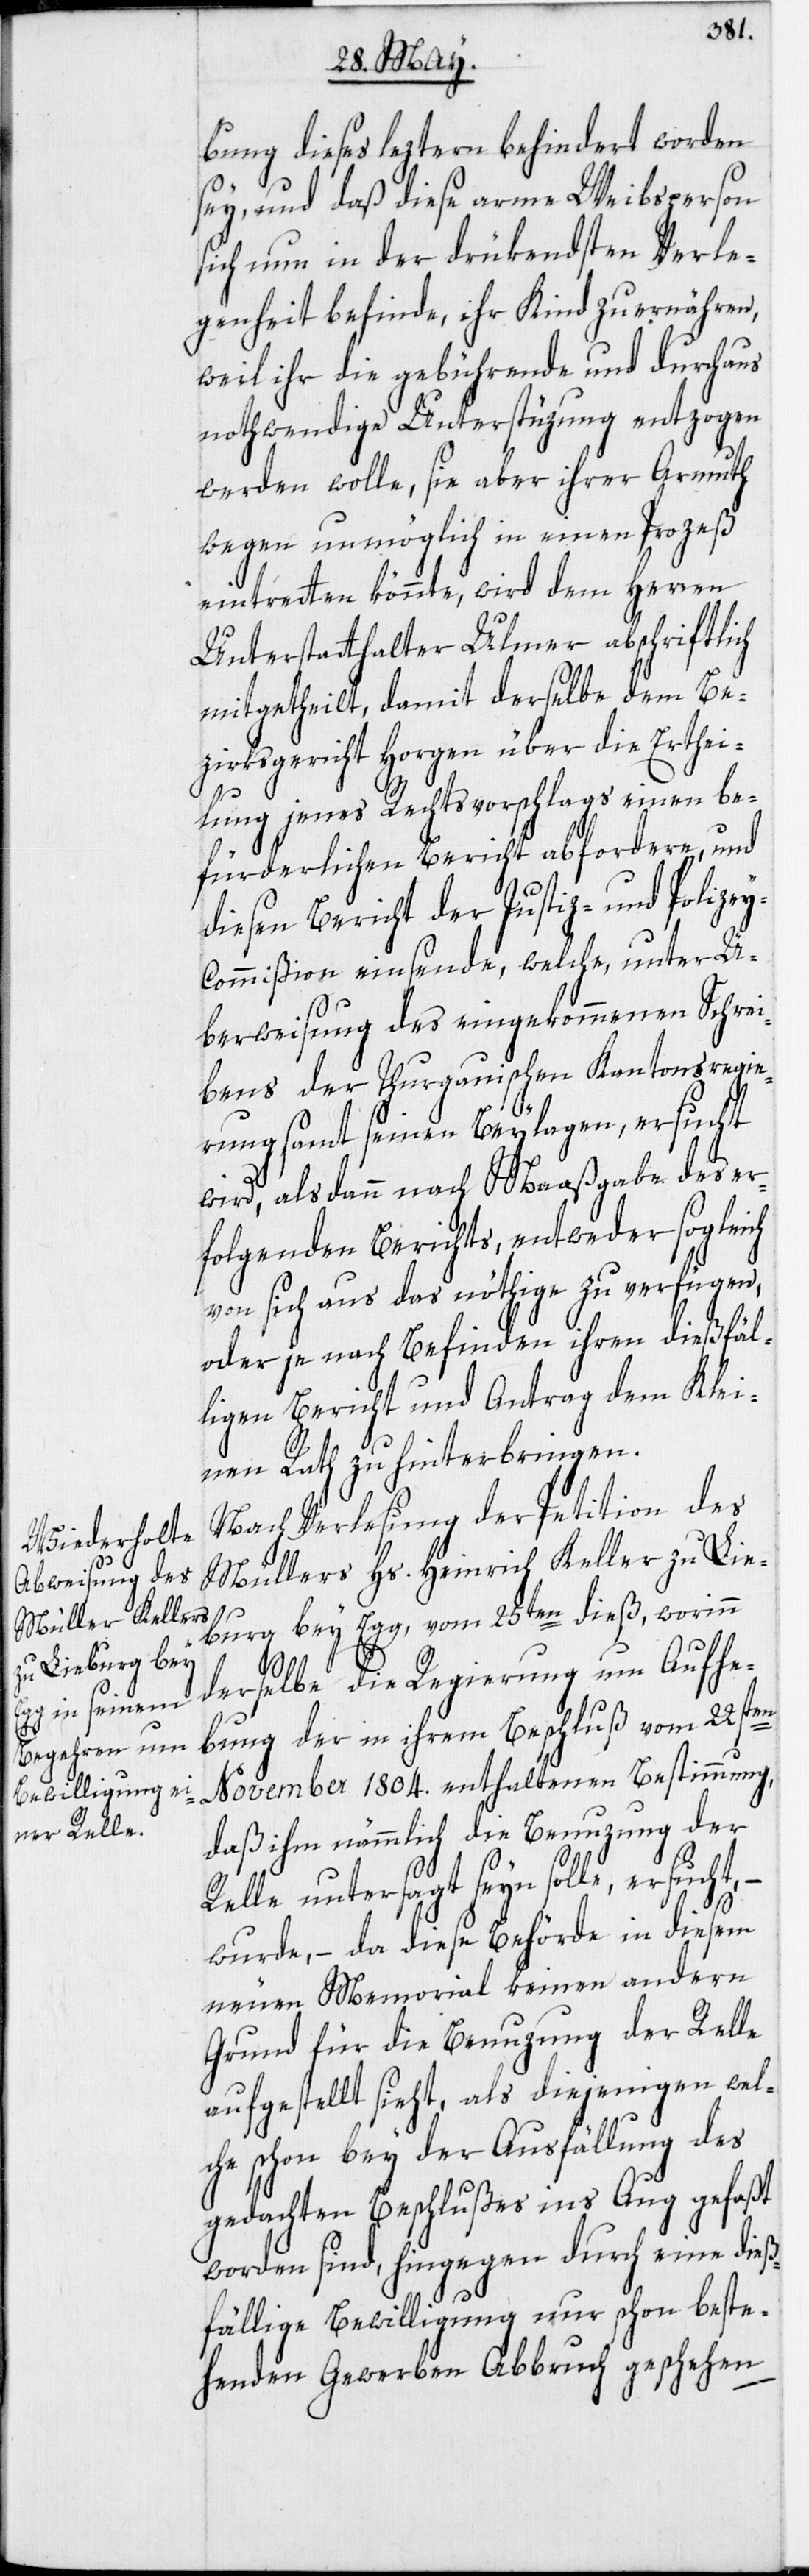
bung dieses leztern behindert worden
sey, und daß diese arme Weibsperson
sich nun in der drükendsten Verle¬
genheit befinde, ihr Kind zu ernähren,
weil ihr die gebührende und durchaus
nothwendige Unterstüzung entzogen
werden wolle, sie aber ihrer Armuth
wegen unmöglich in einen Prozeß
eintretten könnte, wird dem Herren
Unterstatthalter Ulmer abschriftlich
mitgetheilt, damit derselbe dem Be¬
zirksgericht Horgen über die Erthei¬
lung jenes Rechtsvorschlags einen be¬
fürderlichen Bericht abfordere, und
diesen Bericht der Justiz- und Polize¬
y-Commißion einsende, welche, unter Ü¬
berweisung des eingekommenen Schrei¬
bens der Thurgauischen Kantonsregie¬
rung samt seinen Beylagen, ersucht
wird, alsdann nach Maaßgabe des er¬
folgenden Berichts, entweder sogleich
von sich aus das nöthige zu verfügen,
oder je nach Befinden ihren dießfäl¬
ligen Bericht und Antrag dem Klei¬
nen Rath zu hinterbringen.
Nach Verlesung der Petition des
Müllers Hs. Heinrich Keller zu Lie¬
burg bey Egg, vom 25ten dieß, worinn
derselbe die Regierung um Aufhe¬
bung der in ihrem Beschluß vom 22sten
November 1804. enthaltenen Bestimmung,
daß ihm nämmlich die Benuzung der
Relle untersagt seyn solle, ersucht,
wurde, – da diese Behörde in diesem
neuen Memorial keinen andern
Grund für die Benuzung der Relle
aufgestellt sieht, als diejenigen wel¬
che schon bey der Ausfällung des
gedachten Beschlußes ins Aug gefaßt
worden sind, hingegen durch eine dieß¬
fällige Bewilligung nur schon beste¬
henden Gewerben Abbruch geschehen